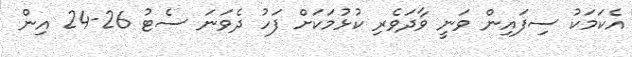
އެކަމަކު ސިފައިން ވަނީ ވާދަވެރި ކުޅުމަކަށް ފަހު ދެވަނަ ސެޓު 26-24 އިން